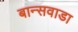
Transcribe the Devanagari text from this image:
बान्सवाडा